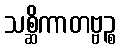
သစ္ဆိကာတဗ္ဗဉ္စ